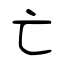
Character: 亡